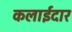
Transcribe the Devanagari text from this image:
कलाईदार